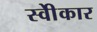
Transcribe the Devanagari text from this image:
स्वीेकार